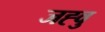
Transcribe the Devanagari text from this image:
जह्वु